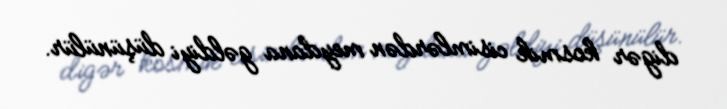
digər kosmik cisimlərdən meydana gəldiyi düşünülür.